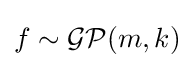
f\sim {\mathcal {GP}}(m,k)